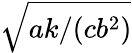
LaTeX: \sqrt{ak/(cb^{2})}